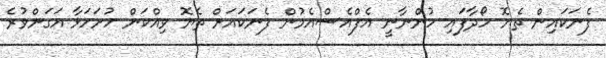
ފެނަަކައިން ތެޔޮ ހޯދާފައި ހުންނާނީ އެފްއެސްއެމުން ފެނަކައަށް ތެޔޮ ވިއްކަން ހުށަހަޅާ އަގަށްވުރެ